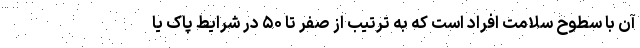
آن با سطوح سلامت افراد است که به ترتیب از صفر تا ۵۰ در شرایط پاک یا